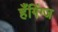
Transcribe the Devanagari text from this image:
हँगिंग्ज